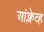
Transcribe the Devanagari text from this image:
आंक्लेव्ह